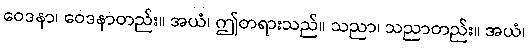
ဝေဒနာ၊ ဝေဒနာတည်း။ အယံ၊ ဤတရားသည်။ သညာ၊ သညာတည်း။ အယံ၊